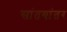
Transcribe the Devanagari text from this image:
सांतयांतर